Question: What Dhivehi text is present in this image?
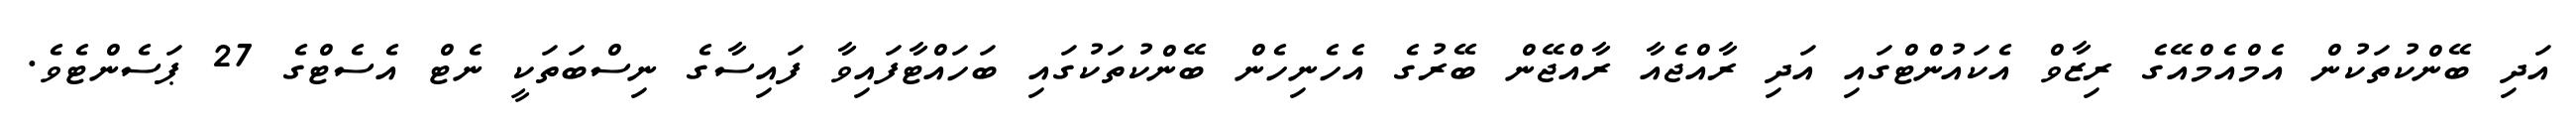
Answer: އަދި ބޭންކުތަކުން އެމްއެމްއޭގެ ރިޒާވް އެކައުންޓްގައި އަދި ރާއްޖެއާ ރާއްޖޭން ބޭރުގެ އެހެނިހެން ބޭންކުތަކުގައި ބަހައްޓާފައިވާ ފައިސާގެ ނިސްބަތަކީ ނެޓް އެސެޓްގެ 27 ޕަސެންޓެވެ.